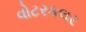
વોટરકલર